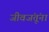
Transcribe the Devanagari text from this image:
जीवजंतूंना